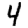
Digit: 4